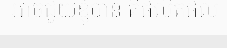
អាចជួយខ្ញុំបាន គឺផលិតផល